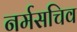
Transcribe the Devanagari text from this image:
नर्मसचिव